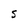
Character: S